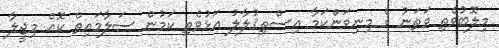
މިލޮބުވެތި ވަތަނު ގެ މިނިވަންކަމާ އިސްތިޤުލާލު އަޅުވެތި ކަމުން ސަލާމައިތް ކޮއް މިޖީލާ